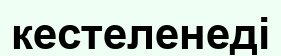
кестеленеді